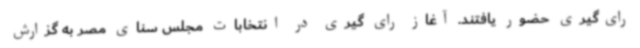
رای‌گیری حضور یافتند. آغاز رای گیری در انتخابات مجلس سنای مصر به گزارش